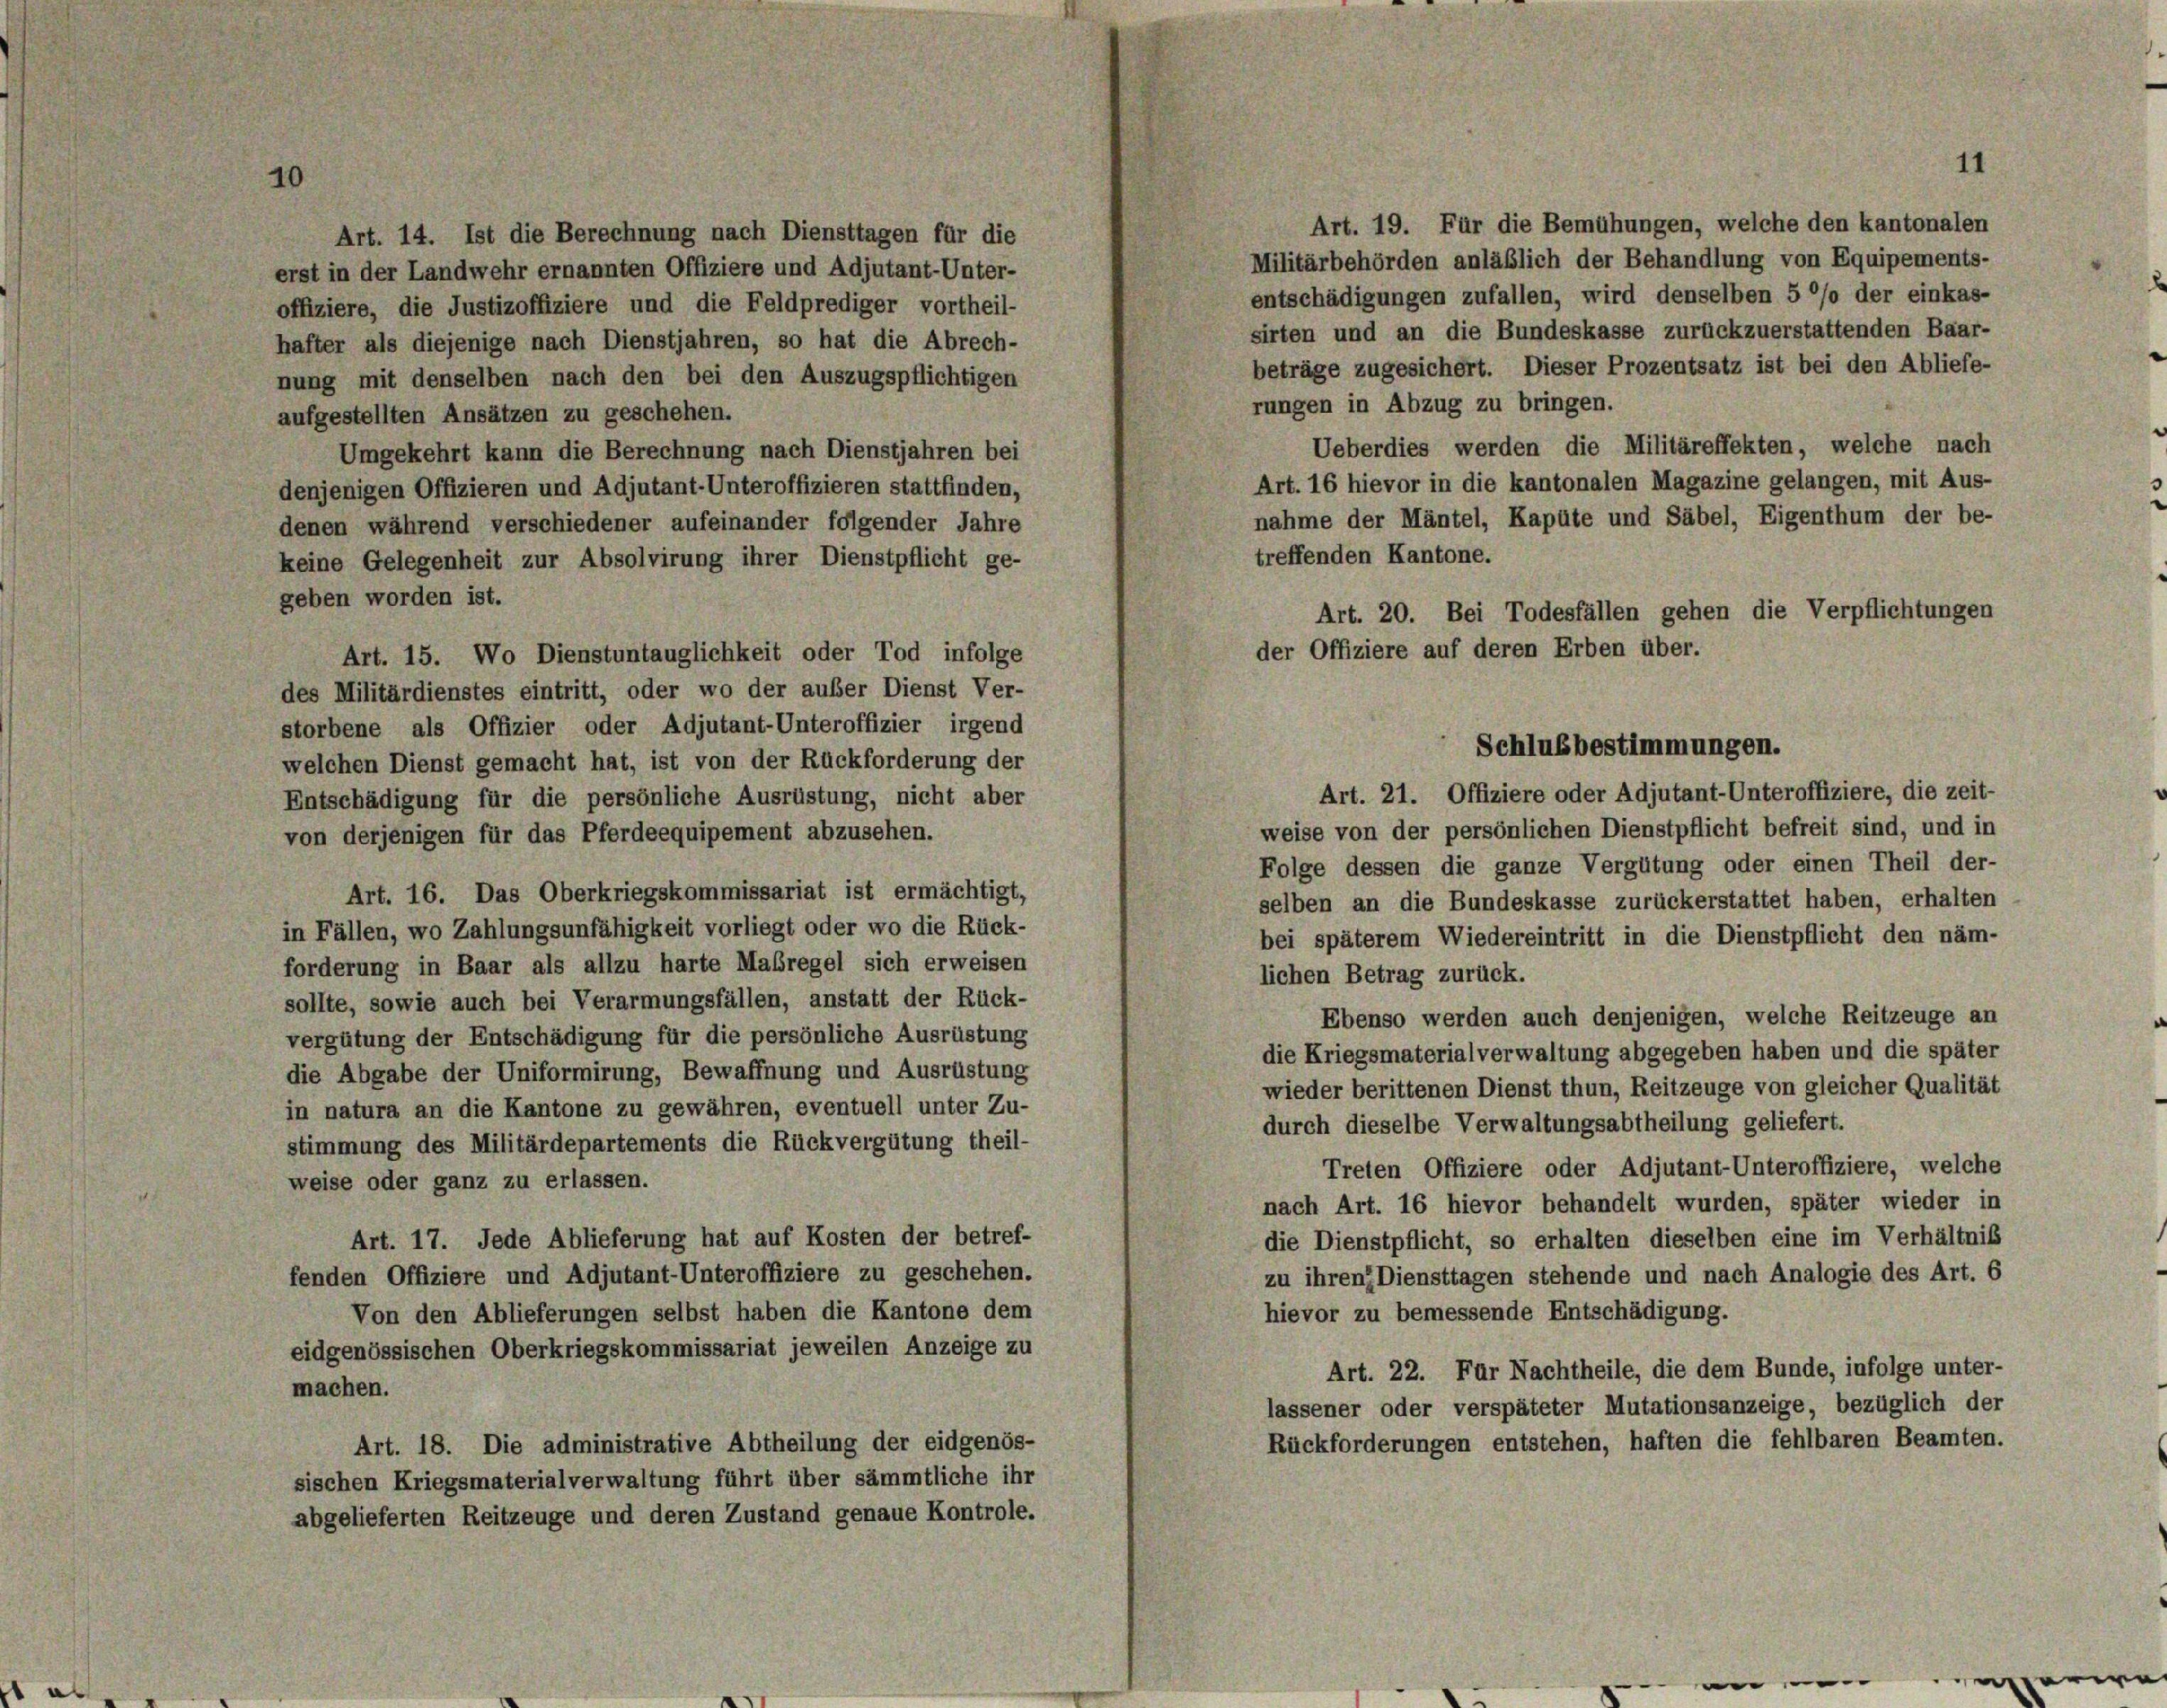
Art. 19. Für die Bemühungen, welche den kantonalen
Militärbehörden anläßlich der Behandlung von Equipements-
entschädigungen zufallen, wird denselben 5 °/o der einkas-
offiziere, die Justizoffiziere und die Feldprediger vortheil-
sirten und an die Bundeskasse zurückzuerstattenden Baar-
hafter als diejenige nach Dienstjahren, so hat die Abrech-
beträge zugesichert. Dieser Prozentsatz ist bei den Abliefe-
nung mit denselben nach den bei den Auszugspflichtigen
rungen in Abzug zu bringen.
aufgestellten Ansätzen zu geschehen.
Ueberdies werden die Militäreffekten, welche nach
Umgekehrt kann die Berechnung nach Dienstjahren bei
Art. 16 hievor in die kantonalen Magazine gelangen, mit Aus-
denjenigen Offizieren und Adjutant-Unteroffizieren stattfinden,
nahme der Mäntel, Kapüte und Säbel, Eigenthum der be-
denen während verschiedener aufeinander folgender Jahre
treffenden Kantone.
keine Gelegenheit zur Absolvirung ihrer Dienstpflicht ge-
geben worden ist.
Art. 15. Wo Dienstuntauglichkeit oder Tod infolge
des Militärdienstes eintritt, oder wo der außer Dienst Ver-
storbene als Offizier oder Adjutant-Unteroffizier irgend
welchen Dienst gemacht hat, ist von der Rückforderung der
Art. 21. Offiziere oder Adjutant-Unteroffiziere, die zeit-
Entschädigung für die persönliche Ausrüstung, nicht aber
weise von der persönlichen Dienstpflicht befreit sind, und in
von derjenigen für das Pferdeequipement abzusehen.
Folge dessen die ganze Vergütung oder einen Theil der-
Art. 16. Das Oberkriegskommissariat ist ermächtigt,
selben an die Bundeskasse zurückerstattet haben, erhalten
in Fällen, wo Zahlungsunfähigkeit vorliegt oder wo die Rück-
bei späterem Wiedereintritt in die Dienstpflicht den näm-
forderung in Baar als allzu harte Maßregel sich erweisen
lichen Betrag zurück.
sollte, sowie auch bei Verarmungsfällen, anstatt der Rück-
Ebenso werden auch denjenigen, welche Reitzeuge an
vergütung der Entschädigung für die persönliche Ausrüstung
die Kriegsmaterialverwaltung abgegeben haben und die später
die Abgabe der Uniformirung, Bewaffnung und Ausrüstung
wieder berittenen Dienst thun, Reitzeuge von gleicher Qualität
in natura an die Kantone zu gewähren, eventuell unter Zu-
durch dieselbe Verwaltungsabtheilung geliefert.
stimmung des Militärdepartements die Rückvergütung theil-
Treten Offiziere oder Adjutant-Unteroffiziere, welche
weise oder ganz zu erlassen.
nach Art. 16 hievor behandelt wurden, später wieder in
Art. 17. Jede Ablieferung hat auf Kosten der betref-
die Dienstpflicht, so erhalten dieselben eine im Verhältniß
fenden Offiziere und Adjutant-Unteroffiziere zu geschehen.
zu ihren Diensttagen stehende und nach Analogie des Art. 6
hievor zu bemessende Entschädigung.
Von den Ablieferungen selbst haben die Kantone dem
eidgenössischen Oberkriegskommissariat jeweilen Anzeige zu
Art. 22. Für Nachtheile, die dem Bunde, infolge unter-
machen.
lassener oder verspäteter Mutationsanzeige, bezüglich der
Rückforderungen entstehen, haften die fehlbaren Beamten.
Art. 18. Die administrative Abtheilung der eidgenös-
sischen Kriegsmaterialverwaltung führt über sämmtliche ihr
abgelieferten Reitzeuge und deren Zustand genaue Kontrole.

Art. 14. Ist die Berechnung nach Diensttagen für die
erst in der Landwehr ernannten Offiziere und Adjutant-Unter-

Art. 20. Bei Todesfällen gehen die Verpflichtungen
der Offiziere auf deren Erben über.
Schlußbestimmungen.

11

e